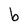
Character: b